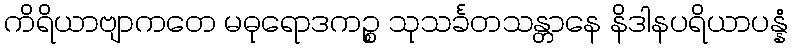
ကိရိယာဗျာကတေ မဓုရောဒကဉ္စ သုသင်္ခတသန္တာနေ နိဒါနပရိယာပန္နံ